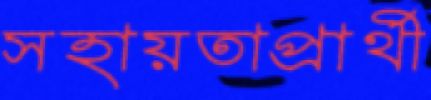
সহায়তাপ্রার্থী